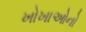
ખોખાઓનો